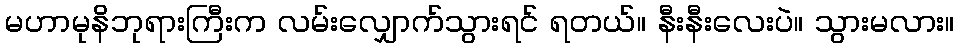
မဟာမုနိဘုရားကြီးက လမ်းလျှောက်သွားရင် ရတယ်။ နီးနီးလေးပဲ။ သွားမလား။